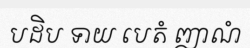
បដិប ទាយ បេតំ ញាណំ